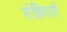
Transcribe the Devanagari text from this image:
संझिदारी